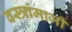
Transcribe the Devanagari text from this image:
वस्त्रांमाजी